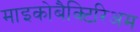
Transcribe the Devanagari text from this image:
माइकोबैक्टिरिअम